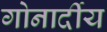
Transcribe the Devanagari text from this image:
गोनार्दीय